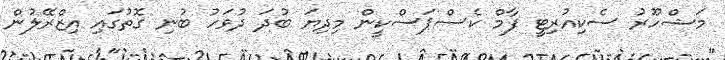
މަޝްހޫރު ސެކިއުރިޓީ ފާމް ކެސްޕަސްކީން މިދިޔަ ބުދަ ދުވަހު ބުނި ގޮތުގައި އިޒްރޭލުން